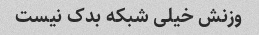
وزنش خیلی شبکه بدک نیست